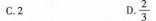
C.2 D.\frac{2}{3}